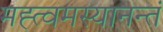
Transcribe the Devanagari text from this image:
मह्त्वमस्यानन्तं